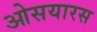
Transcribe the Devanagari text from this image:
ओसयारस